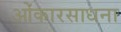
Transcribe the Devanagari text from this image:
ओंकारसाधना